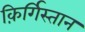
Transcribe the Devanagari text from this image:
क़िर्गिस्तान